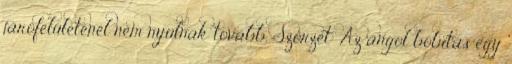
járófelületénél nem nyúlnak tovább. Szőrzet: Az angol bóbitás egy